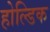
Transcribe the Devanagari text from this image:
होल्डिक